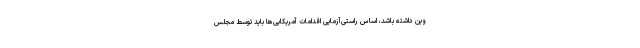
وین داشته باشد، اساس راستی‌آزمایی اقدامات آمریکایی‌ها باید توسط مجلس